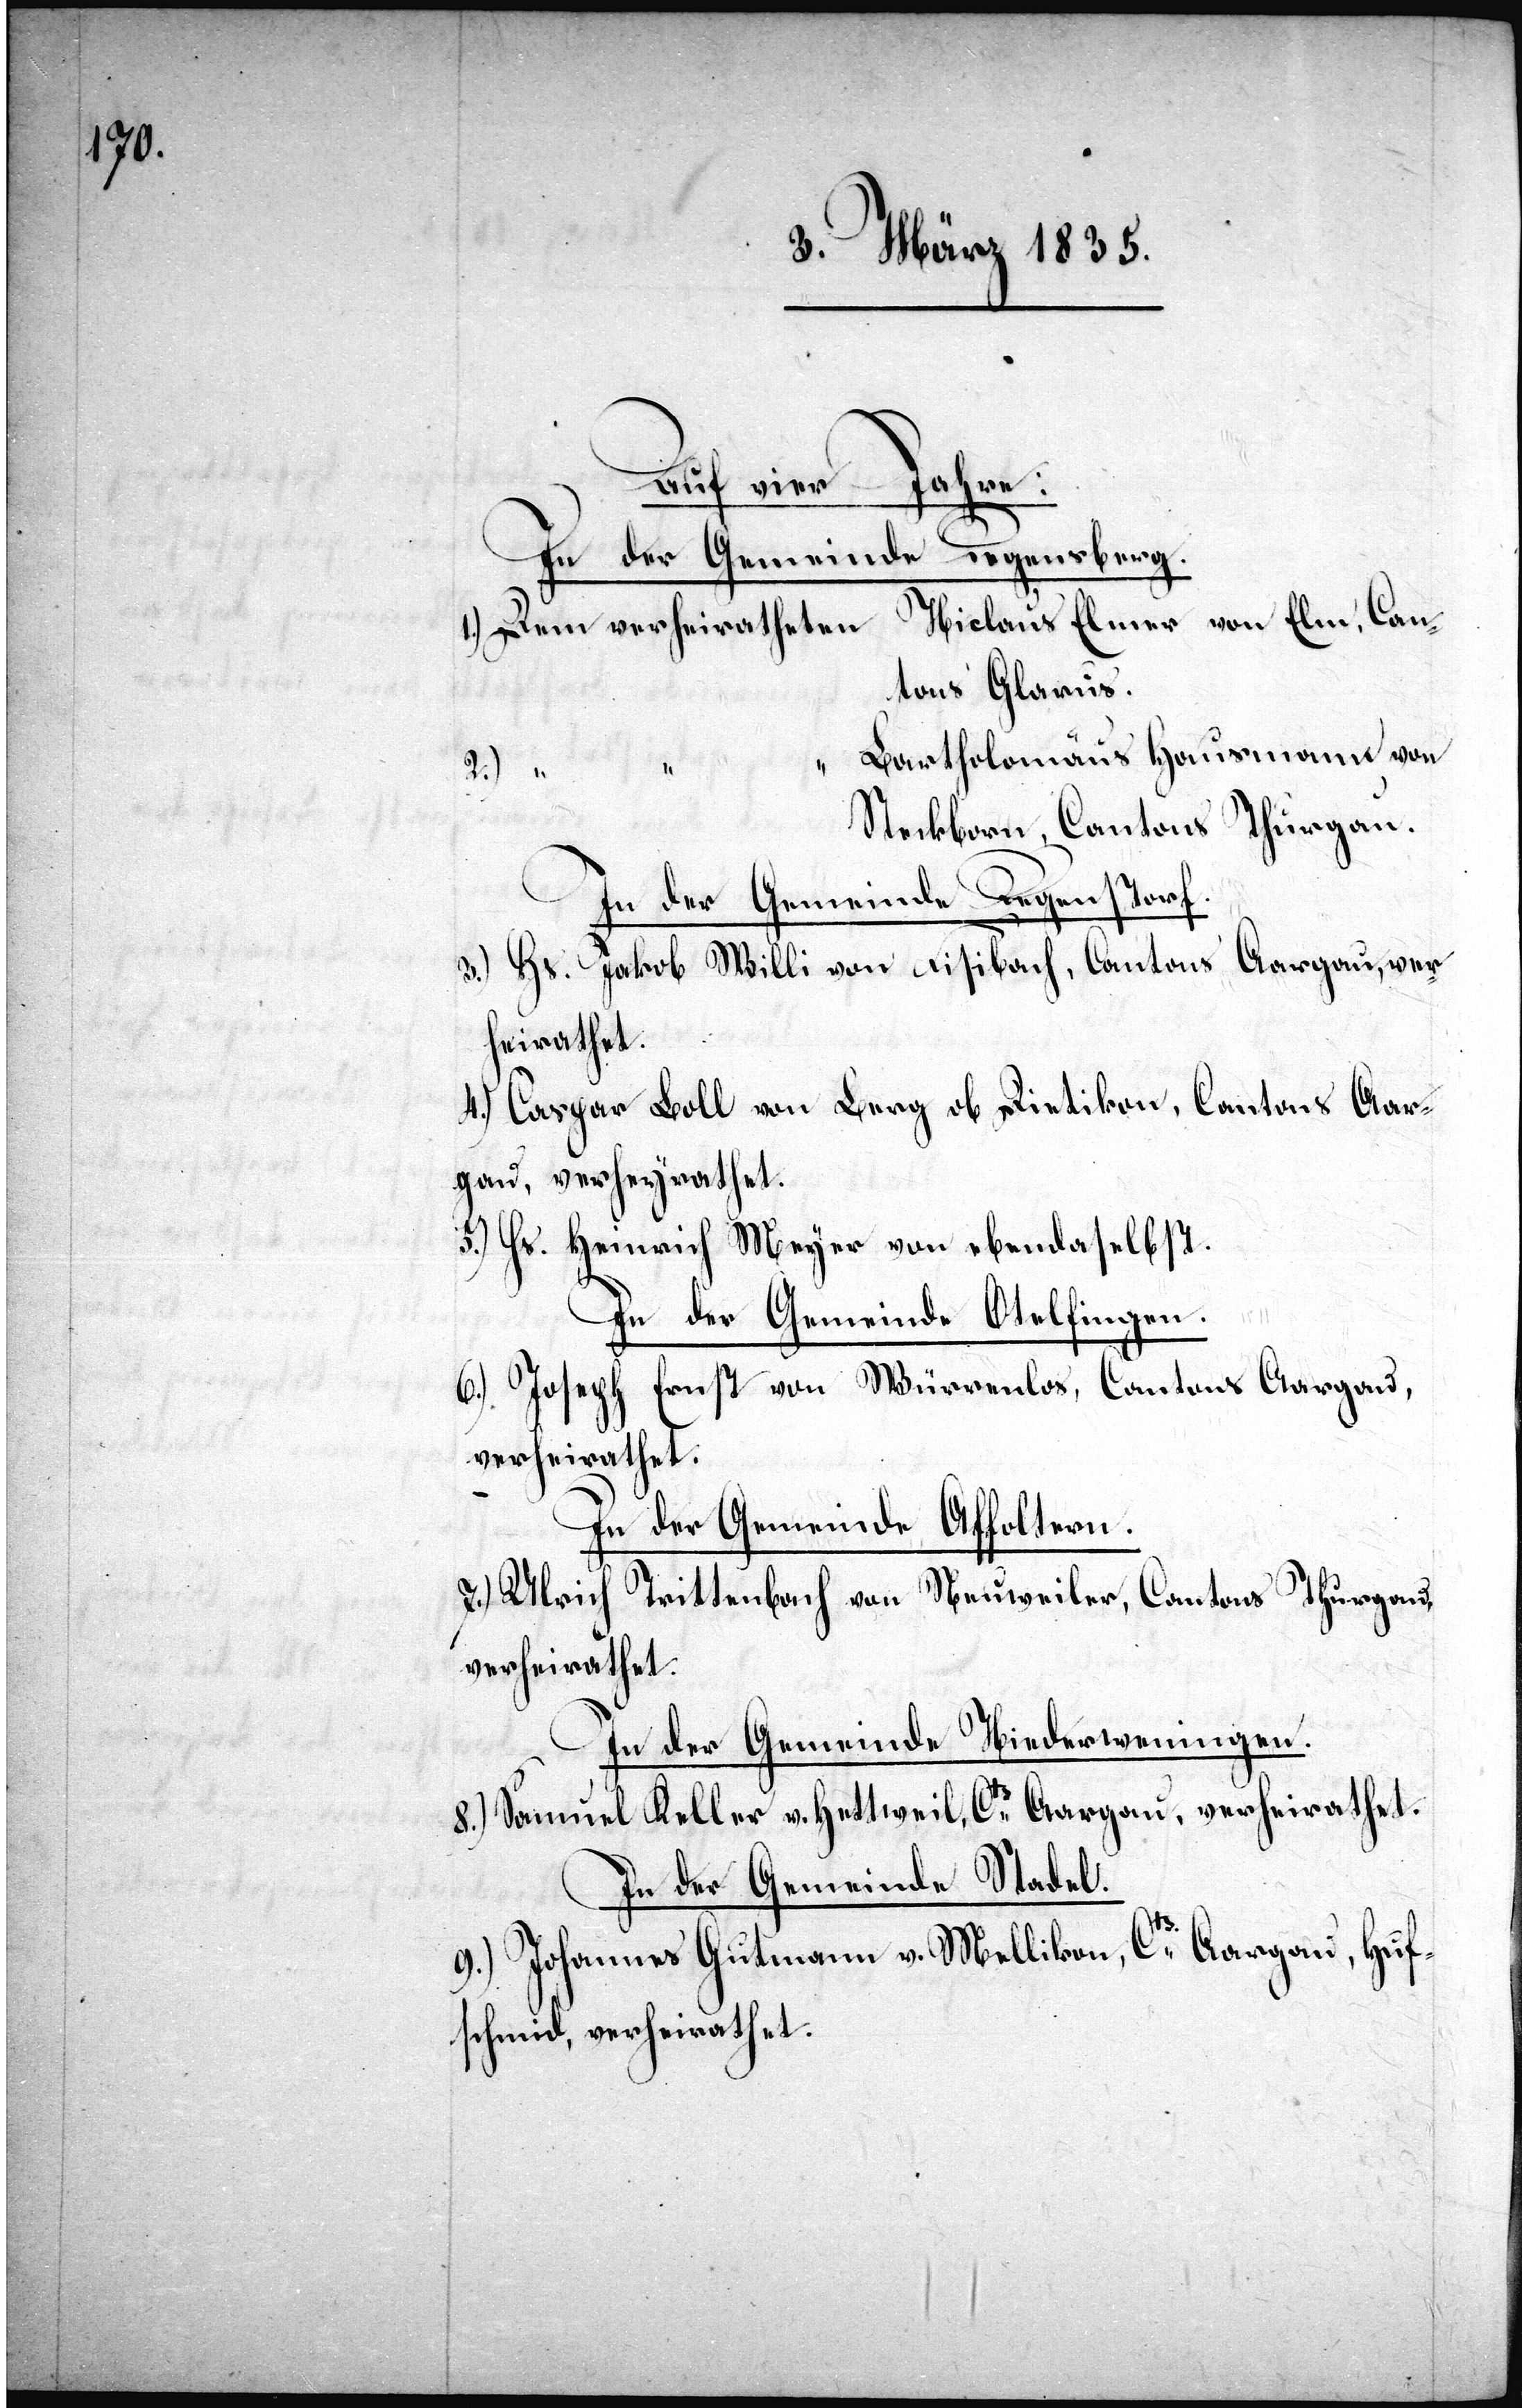
Auf vier Jahre:
In der Gemeinde
Regensberg.
1.) Dem verheiratheten Niclaus Elmer von Elm, Can¬
tons Glarus.
Bartholomäus Hausmann von
2.) “
Steckborn, Cantons Thurgau.
In der Gemeinde Regenstorf.
3.) Hs. Jakob Willi von Fisibach, Cantons Aargau, verh¬
eirathet.
4.) Caspar Boll von Berg ab Dietikon, Cantons Aar¬
gau, verheyrathet.
5.) Hs. Heinrich Meyer von ebendaselbst.
In der Gemeinde Otelfingen.
6.) Joseph Ernst von Würrenlos, Cantons Aargau,
verheirathet.
In der Gemeinde Affoltern.
“
7.) Ulrich
Trittenbach von Neuweiler, Cantons Thurgau,
verheirathet.
In der Gemeinde Niederweningen.
8.) Samuel Keller v. Huttwil, Cts. Aargau, verheirathet.
In der Gemeinde Stadel.
9.) Johannes Gutmann v. Wellikon, Cts. Aargau, Huf¬
schmid, verheirathet.